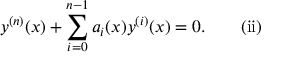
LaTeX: y ^ { ( n ) } ( x ) + \sum _ { i = 0 } ^ { n - 1 } a _ { i } ( x ) y ^ { ( i ) } ( x ) = 0 . \quad \quad \mathrm { { ( i i ) } }